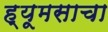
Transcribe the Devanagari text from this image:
ह्यूमसाचा